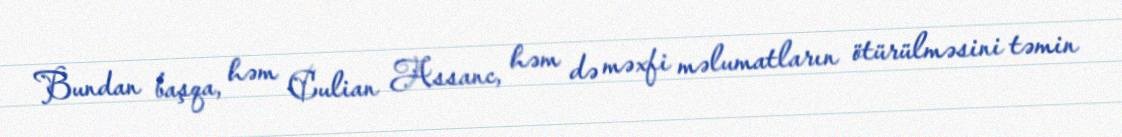
Bundan başqa, həm Culian Assanc, həm də məxfi məlumatların ötürülməsini təmin